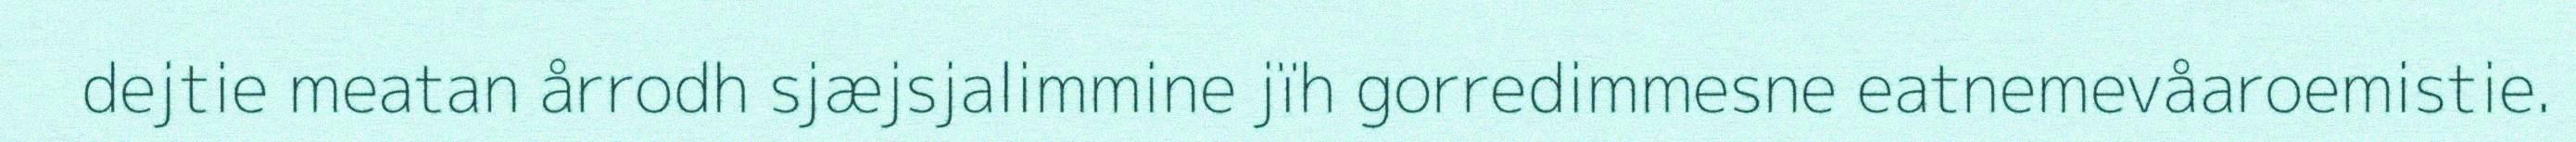
dejtie meatan årrodh sjæjsjalimmine jïh gorredimmesne eatnemevåaroemistie.